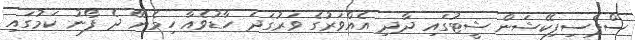
ސްޕެސިފިކޭޝަން ޝީޓުގައި ދާދި އެއްވަރުގެ ވަރުގަދަ ހާޑުވެއާ ހިމެނޭ ދެ ފޯނު ކަމުގައި